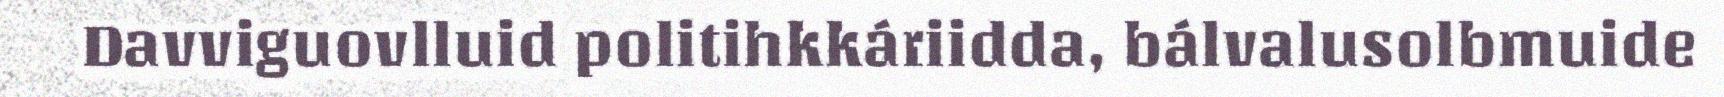
Davviguovlluid politihkkáriidda, bálvalusolbmuide